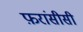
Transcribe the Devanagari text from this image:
फ़रांसीसी